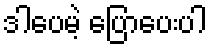
ဒါပေမဲ့ ပြောပေးပါ